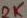
Text: 2K